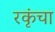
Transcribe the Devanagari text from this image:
रकृंचा